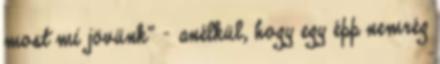
most mi jövünk” – anélkül, hogy egy épp nemrég